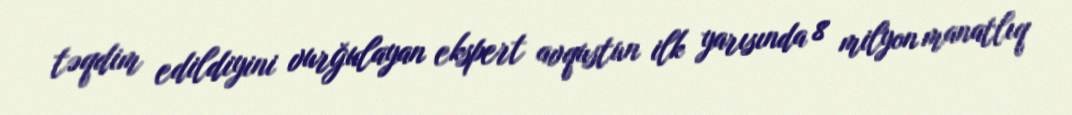
təqdim edildiyini vurğulayan ekspert avqustun ilk yarısında 8 milyon manatlıq